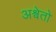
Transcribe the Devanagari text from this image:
अश्वेतो